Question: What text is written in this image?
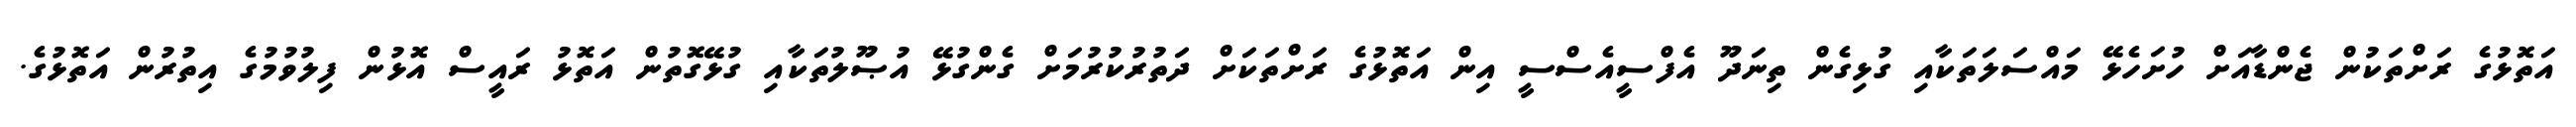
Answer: އަތޮޅުގެ ރަށްތަކުން ޖެންޑާއަށް ހުށަހެޅޭ މައްސަލަތަކާއި ގުޅިގެން ތިނަދޫ އެފްސީއެސްސީ އިން އަތޮޅުގެ ރަށްތަކަށް ދަތުރުކުރުމަށް ގެންގުޅޭ އުޞޫލުތަކާއި ގުޅޭގޮތުން އަތޮޅު ރައީސް އޮޅުން ފިލުވުމުގެ އިތުރުން އަތޮޅުގެ.